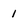
Character: 1